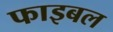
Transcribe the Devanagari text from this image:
फाइबल